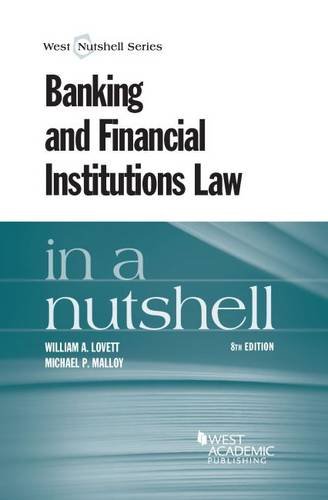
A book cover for Banking and Financial Institutions Law in a Nutshell; William Lovett; Law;